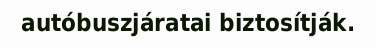
autóbuszjáratai biztosítják.